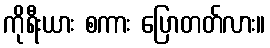
ကိုရီးယား စကား ပြောတတ်လား။